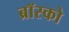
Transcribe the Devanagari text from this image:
ब्रॉस्को